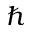
\hbar